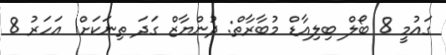
ގައުމީ 8 ބޯލް ބިލިއާޑް މުބާރާތް: ދުންޔާޒް ގަދަ ތިނަކަށް1 އަހަރު 8